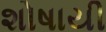
શોષાયી